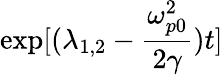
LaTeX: \textrm{exp}{[(\lambda_{1,2}-\frac{\omega_{p0}^{2}}{2\gamma})t]}